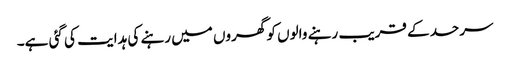
سرحد کے قریب رہنے والوں کو گھروں میں رہنے کی ہدایت کی گئی ہے۔